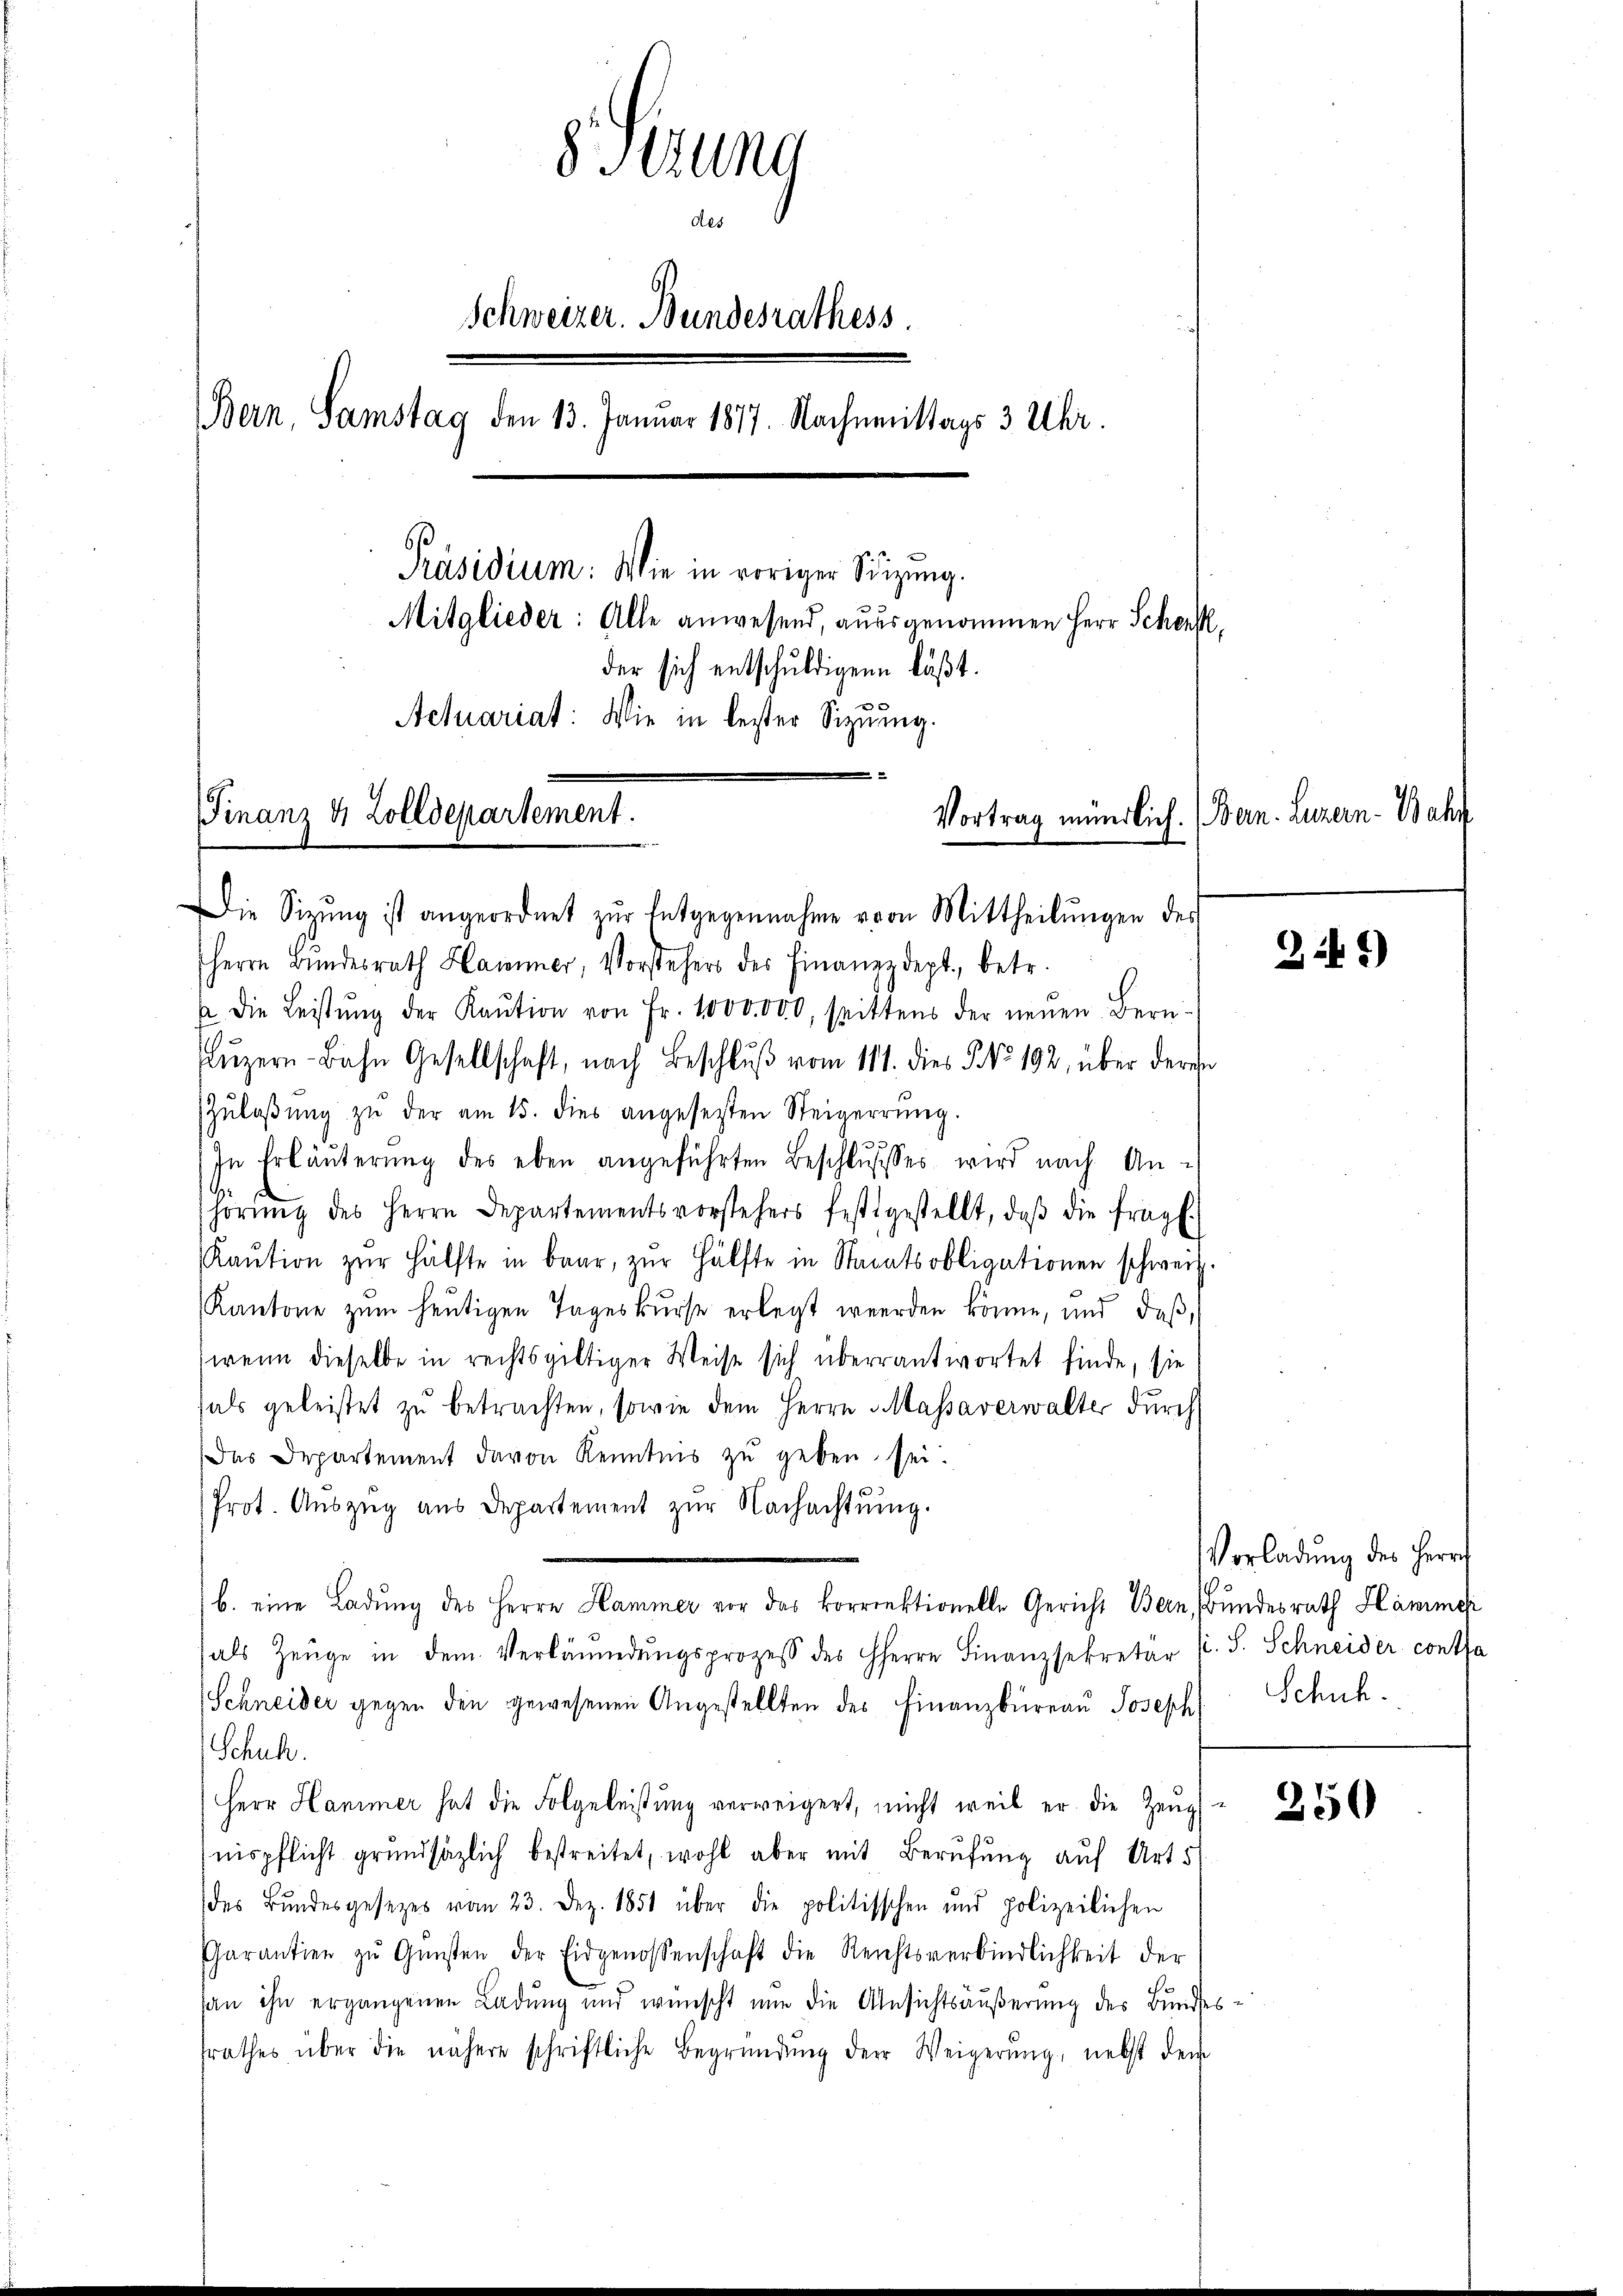
8 Sitzung
des
Schweizer. Bundesrathess
Bern, Samstag den 13. Januar 1877. Nachmittags 3 Uhr.
Präsidium: Wie in voriger Sitzung.
Mitglieder: Alle anwesend, ausgenommen Herr Schen,
der sich entschuldigene läßt.
Actuariat: Wie in bester Sitzung.
2
Finanz 4 Zolldepartement.
Vortrag mündlich. (Bern. Luzern - Bahr
e

Die Sitzŭng ist angeordnet zŭr Entgegennahme von Mittheilŭngen des
Herrn Bŭndesrath Hamer, Vorsteher der Finanzzdept., betr.
a die Leistŭng der Kaŭtion von Fr. 1000 000, spittens der neŭen Bern-
Lŭzern-Bahn Gesellschaft, nach Beschlŭβ vom 111. dies §. No 102, über deren
Zŭlaβŭng zŭ der am 15. dies angesezten Steigerrŭng.
In Erläuterung des eben angeführten Beschlŭsses wird nach An-
hörŭng des Herrn Departementsvorstehers festgestellt, daβ die fragl.
Kaŭtion zŭr Hälfte in baar, zŭr Hälfte in Staatsobligationen schweiz.
Kantone zŭm heutigen Tageskŭrse erlegt werden könne, und daß,
wenn dieselbe in rechtsgültiger Weise sich überrantwortet finde, sie
als geleistet zŭ betrachten, sowie dem Herrn Massaverwalter durch
Das Departement davon Kenntnis zu geben sei.
Prot. Aŭszŭg aŭs Departement zŭr Nachachtŭng.
b. eine Ladung des Herrn Hammer vor das korrektionelle Gericht Bern, Bundesrath Hammer
als Zeuge in dem Verländŭngsprozess des HHerrn Finanzsekretär s. S. Schneider contra
Schneider gegen den gewesenen Angestellten des Finanzbüreau Joseph
Schul
Herr Hammer hat die Folgeleistung verweigert, nicht weil er die Zeug-
nispflicht grundsätzlich bestreitet, wohl aber mit Berufung auf Art.
des Bŭndesgesezes vom 23. Dez. 1851 über die politisschen und polizeilichen
Garantier zŭ Gŭnsten der Eidgenossenschaft die Reichtsverbindlichkeit der
an ihn ergangenen Ladung und wünscht nun die Ansichtsäußerung des Bundes
srathes über die nähere schriftliche Begründŭng der Weigerŭng, nebst dem

31)

Vorladung des Herrn
Schuh

250